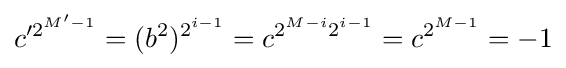
c'^{2^{M'-1}}=(b^{2})^{2^{i-1}}=c^{2^{M-i}2^{i-1}}=c^{2^{M-1}}=-1